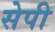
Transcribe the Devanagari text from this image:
सेपी